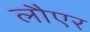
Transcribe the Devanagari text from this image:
लौएर